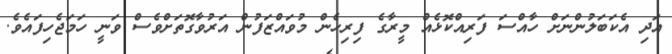
އަދި އެކަބަލުންނަށް ހާއްސަ ފަރިއްކޮޅެއް މީރާގެ ފިރިހެން މުވައްޒަފުން އަރުވާގޮތަށްވެސް ވަނީ ހަމަޖެހިފައެވެ.